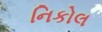
નિકોલ